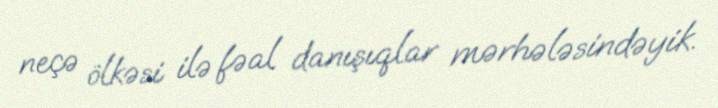
neçə ölkəsi ilə fəal danışıqlar mərhələsindəyik.